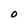
Character: O